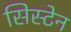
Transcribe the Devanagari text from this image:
सिस्टेन